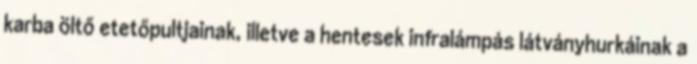
karba öltő etetőpultjainak, illetve a hentesek infralámpás látványhurkáinak a